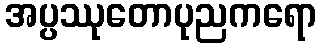
အပ္ပဿုတောပုညကရော